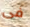
فى